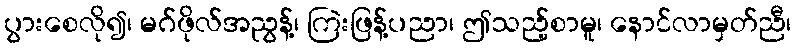
ပွားစေလို၍၊ မဂ်ဖိုလ်အညွန့်၊ ကြဲးဖြန့်ပညာ၊ ဤသည့်စာမူ၊ နောင်လာမှတ်ညီ၊